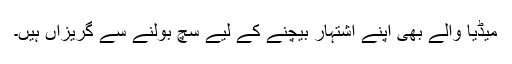
میڈیا والے بھی اپنے اشتہار بیچنے کے لیے سچ بولنے سے گریزاں ہیں۔